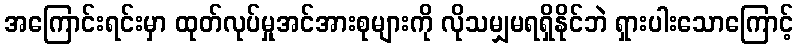
အကြောင်းရင်းမှာ ထုတ်လုပ်မှုအင်အားစုများကို လိုသမျှမရရှိနိုင်ဘဲ ရှားပါးသောကြောင့်